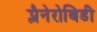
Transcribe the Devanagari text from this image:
प्लैनेरोबिडी